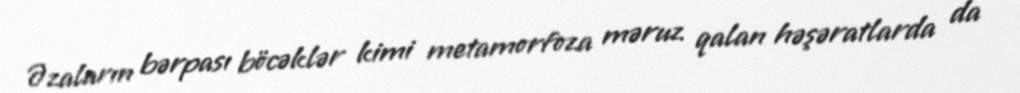
Əzaların bərpası böcəklər kimi metamorfoza məruz qalan həşəratlarda da